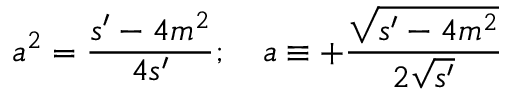
a ^ { 2 } = \frac { s ^ { \prime } - 4 m ^ { 2 } } { 4 s ^ { \prime } } ; \quad a \equiv + \frac { \sqrt { s ^ { \prime } - 4 m ^ { 2 } } } { 2 \sqrt { s ^ { \prime } } }